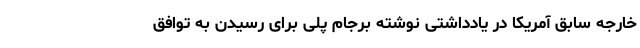
خارجه سابق آمریکا در یادداشتی نوشته برجام پلی برای رسیدن به توافق